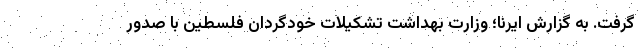
گرفت. به گزارش ایرنا؛ وزارت بهداشت تشکیلات خودگردان فلسطین با صدور